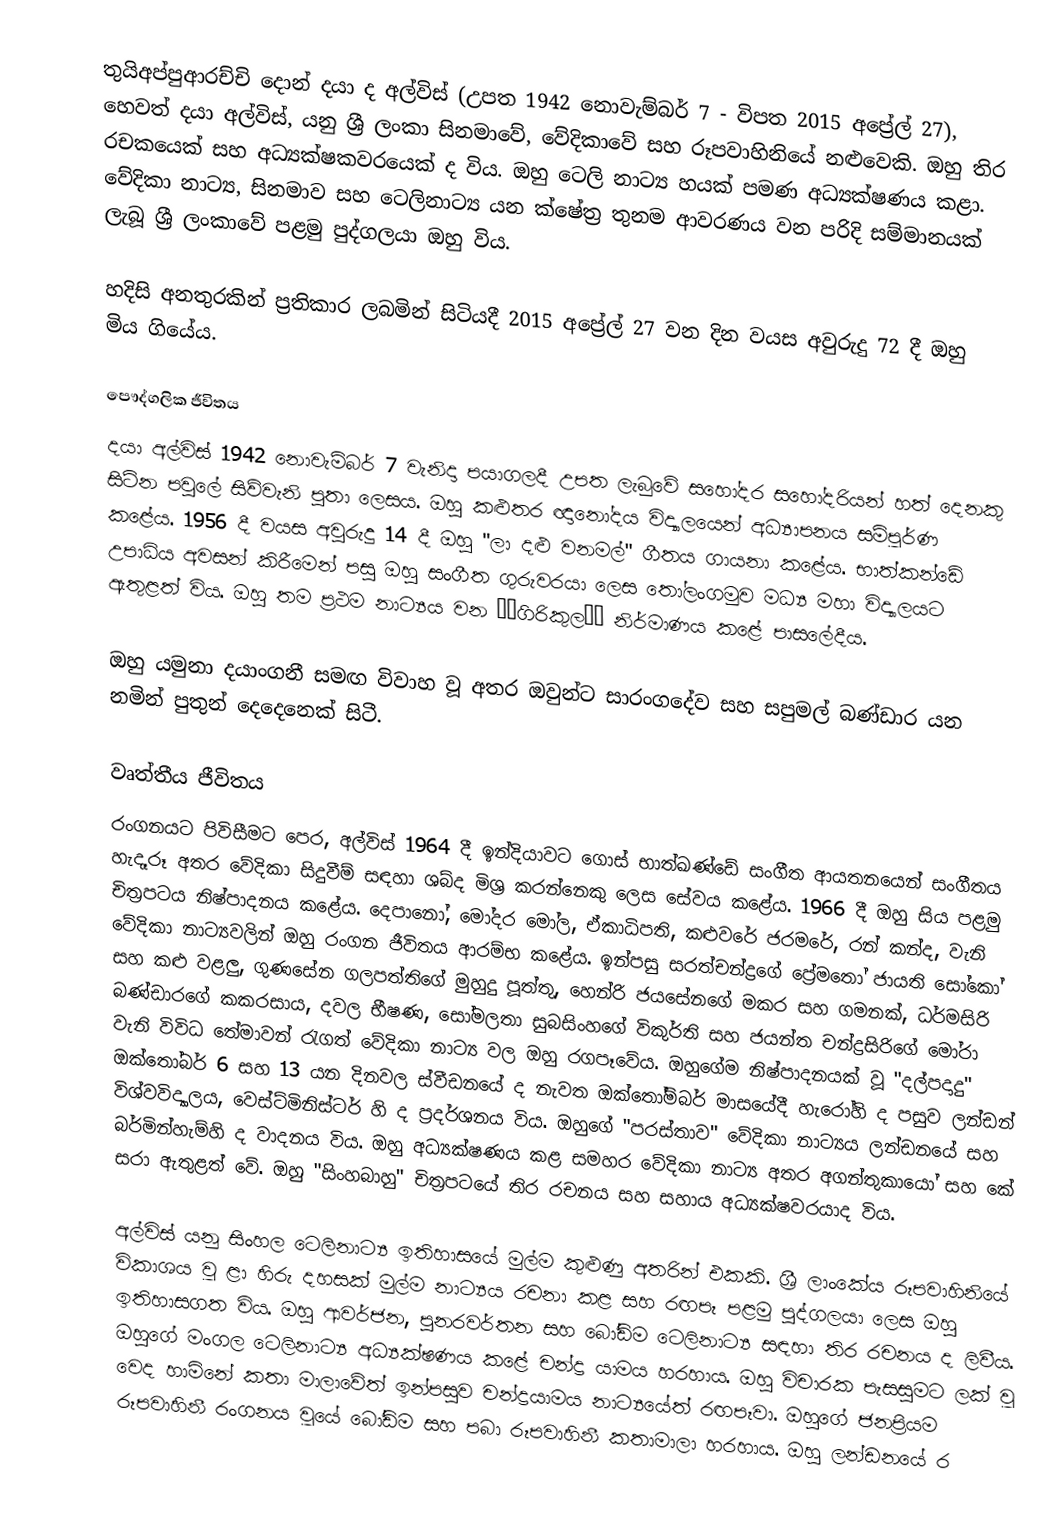
තුයිඅප්පුආරච්චි දොන් දයා ද අල්විස් (උපත 1942 නොවැම්බර් 7 - විපත 2015 අප්‍රේල් 27), හෙවත් දයා අල්විස්, යනු ශ්‍රී ලංකා සිනමාවේ, වේදිකාවේ සහ රූපවාහිනියේ නළුවෙකි. ඔහු තිර රචකයෙක් සහ අධ්‍යක්ෂකවරයෙක් ද විය. ඔහු ටෙලි නාට්‍ය හයක් පමණ අධ්‍යක්ෂණය කළා. වේදිකා නාට්‍ය, සිනමාව සහ ටෙලිනාට්‍ය යන ක්ෂේත්‍ර තුනම ආවරණය වන පරිදි සම්මානයක් ලැබූ ශ්‍රී ලංකාවේ පළමු පුද්ගලයා ඔහු විය.

හදිසි අනතුරකින් ප්‍රතිකාර ලබමින් සිටියදී 2015 අප්‍රේල් 27 වන දින වයස අවුරුදු 72 දී ඔහු මිය ගියේය.

පෞද්ගලික ජීවිතය
දයා අල්විස් 1942 නොවැම්බර් 7 වැනිදා පයාගලදී උපත ලැබුවේ සහෝදර සහෝදරියන් හත් දෙනකු සිටින පවුලේ සිව්වැනි පුතා ලෙසය. ඔහු කළුතර ඥානෝදය විද්‍යාලයෙන් අධ්‍යාපනය සම්පූර්ණ කළේය. 1956 දී වයස අවුරුදු 14 දී ඔහු "ලා දළු වනමල්" ගීතය ගායනා කළේය. භාත්කන්ඩේ උපාධිය අවසන් කිරීමෙන් පසු ඔහු සංගීත ගුරුවරයා ලෙස තෝලංගමුව මධ්‍ය මහා විද්‍යාලයට ඇතුළත් විය. ඔහු තම ප්‍රථම නාට්‍යය වන ‘‘ගිරිකුල’’ නිර්මාණය කළේ පාසලේදීය.

ඔහු යමුනා දයාංගනී සමඟ විවාහ වූ අතර ඔවුන්ට සාරංගදේව සහ සපුමල් බණ්ඩාර යන නමින් පුතුන් දෙදෙනෙක් සිටී.

වෘත්තීය ජීවිතය
රංගනයට පිවිසීමට පෙර, අල්විස් 1964 දී ඉන්දියාවට ගොස් භාත්ඛණ්ඩේ සංගීත ආයතනයෙන් සංගීතය හැදෑරූ අතර වේදිකා සිදුවීම් සඳහා ශබ්ද මිශ්‍ර කරන්නෙකු ලෙස සේවය කළේය. 1966 දී ඔහු සිය පළමු චිත්‍රපටය නිෂ්පාදනය කළේය. දෙපානෝ, මෝදර මෝල, ඒකාධිපති, කළුවරේ ජරමරේ, රන් කන්ද, වැනි වේදිකා නාට්‍යවලින් ඔහු රංගන ජීවිතය ආරම්භ කළේය. ඉන්පසු සරත්චන්ද්‍රගේ ප්‍රේම‍තෝ ජායති සෝකෝ සහ කළු වළලු, ගුණසේන ගලපත්තිගේ මුහුදු පූත්තු, හෙන්රි ජයසේනගේ මකර සහ ගමනක්, ධර්මසිරි බණ්ඩාරගේ කකරසාය, දවල භීෂණ, සෝමලතා සුබසිංහගේ විකුර්ති සහ ජයන්ත චන්ද්‍රසිරිගේ මෝරා වැනි විවිධ තේමාවන් ‍රැගත් වේදිකා නාට්‍ය වල ඔහු රගපෑවේය. ඔහුගේම නිෂ්පාදනයක් වූ "දල්පදාදු" ඔක්තෝබර් 6 සහ 13 යන දිනවල ස්වීඩනයේ ද නැවත ඔක්තෝම්බර් මාසයේදී හැරෝහි ද පසුව ලන්ඩන් විශ්වවිද්‍යාලය, වෙස්ට්මිනිස්ටර් හි ද ප්‍රදර්ශනය විය. ඔහුගේ "පරස්තාව" වේදිකා නාට්‍යය ලන්ඩනයේ සහ බර්මින්හැම්හි ද වාදනය විය. ඔහු අධ්‍යක්ෂණය කළ සමහර වේදිකා නාට්‍ය අතර අගන්තුකායෝ සහ කේ සරා ඇතුළත් වේ. ඔහු "සිංහබාහු" චිත්‍රපටයේ තිර රචනය සහ සහාය අධ්‍යක්ෂවරයාද විය.

අල්විස් යනු සිංහල ටෙලිනාට්‍ය ඉතිහාසයේ මුල්ම කුළුණු අතරින් එකකි. ශ්‍රී ලාංකේය රූපවාහිනියේ විකාශය වූ ළා හිරු දහසක් මුල්ම නාට්‍යය රචනා කළ සහ රඟපෑ පළමු පුද්ගලයා ලෙස ඔහු ඉතිහාසගත විය. ඔහු ආවර්ජන, පුනරවර්තන සහ බෝඩිම ටෙලිනාට්‍ය සඳහා තිර රචනය ද ලිවීය. ඔහුගේ මංගල ටෙලිනාට්‍ය අධ්‍යක්ෂණය කළේ චන්ද්‍ර යාමය හරහාය. ඔහු විචාරක පැසසුමට ලක් වූ වෙද හාමිනේ කතා මාලාවේත් ඉන්පසුව චන්ද්‍රයාමය නාට්‍යයේත් රඟපෑවා. ඔහුගේ ජනප්‍රියම රූපවාහිනී රංගනය වූයේ බෝඩිම සහ පබා රූපවාහිනී කතාමාලා හරහාය. ඔහු ලන්ඩනයේ ර